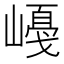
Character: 𡼛